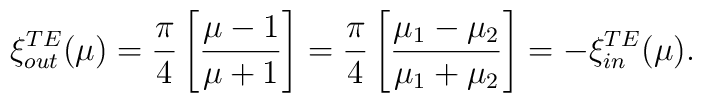
\xi^{\small TE}_{\small out}(\mu) ={\pi\over4}\left[{\mu-1\over \mu+1}\right] = {\pi\over4}\left[{\mu_1-\mu_2\over \mu_1+\mu_2}\right] =- \xi^{\small TE}_{\small in}(\mu).